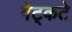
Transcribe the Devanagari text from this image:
गेट्कटे